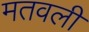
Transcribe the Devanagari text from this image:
मतवली